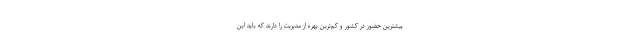
بیشترین حضور در کشور و کم‌ترین بهره از مدیریت را دارند که باید این